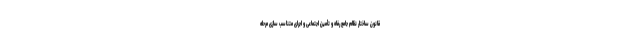
قانون ساختار نظام جامع رفاه و تأمین اجتماعی و اجرای متناسب سازی مرحله